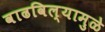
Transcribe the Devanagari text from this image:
वाढविल्यामुळे